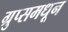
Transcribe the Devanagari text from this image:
ग्रुप्समधून